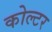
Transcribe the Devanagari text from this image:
कोल्टर